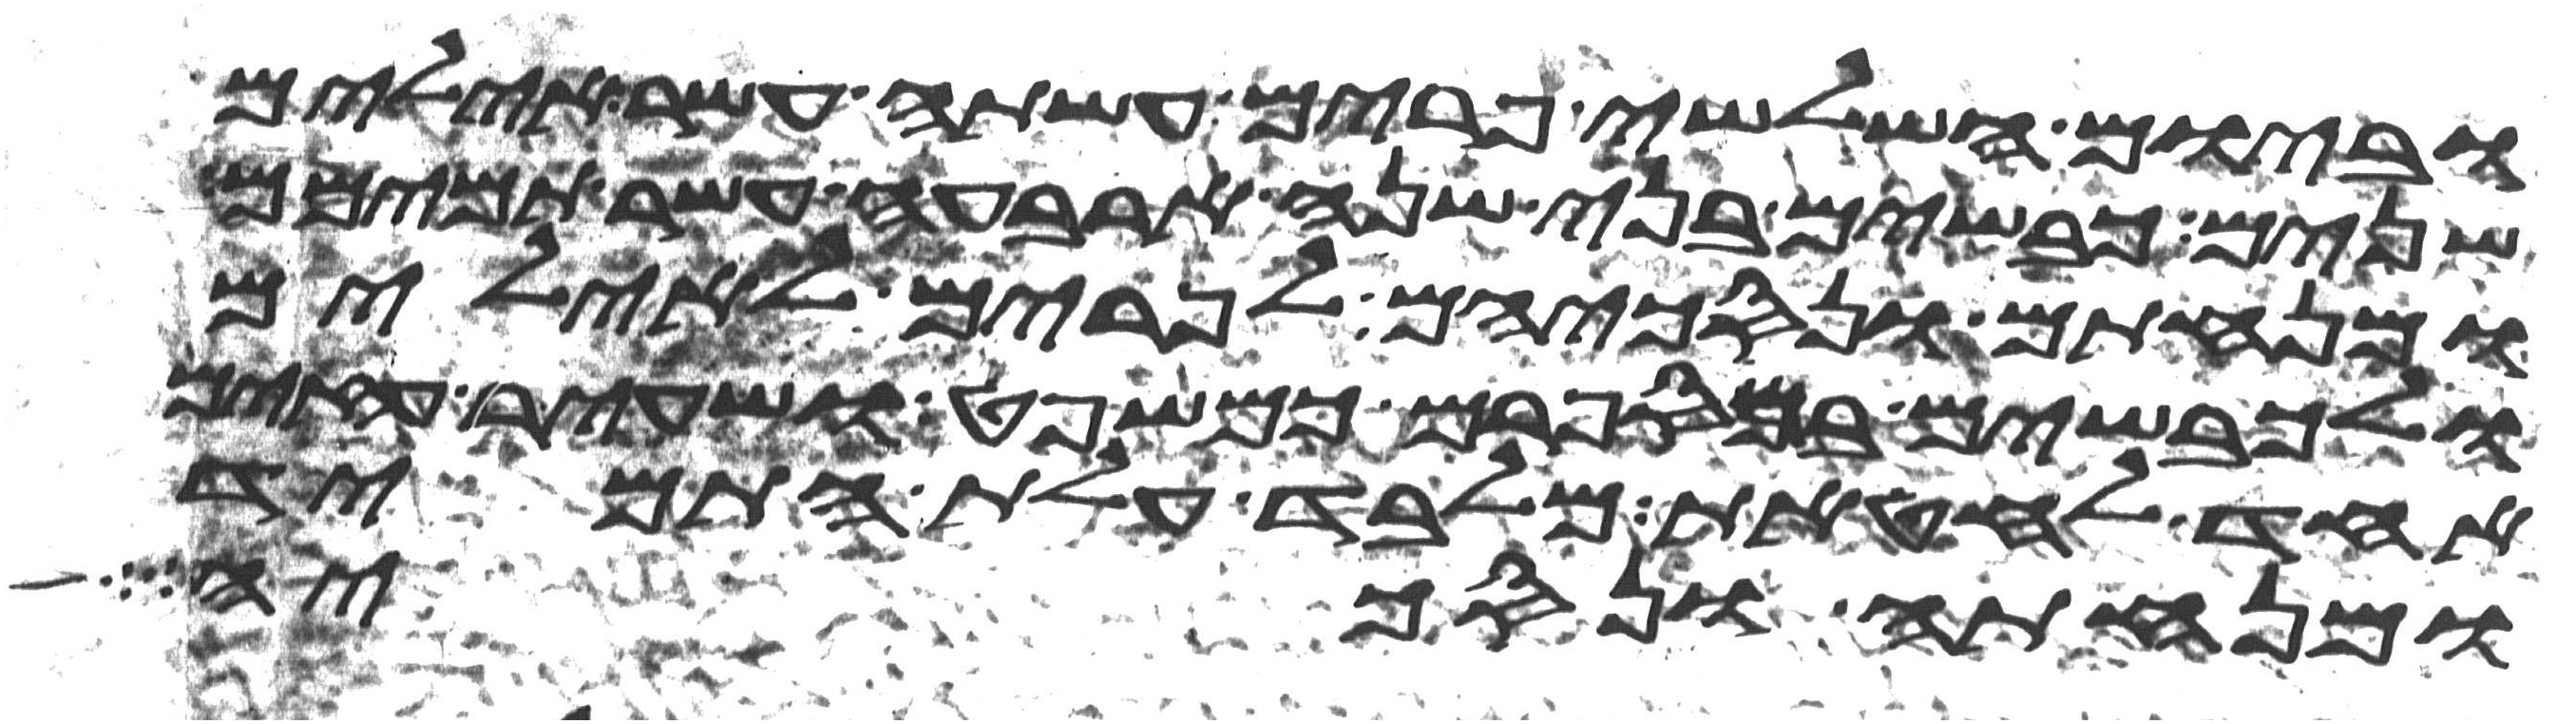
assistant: וביום השלישי פרים עשתה עשר אילים
שנים כבשים בני שנה ארבעה עשר תמימם
ומנחתם ונסכיהם לפרים לאילים
ולכבשים במספרם כמשפט ושעיר עזים
אחד לחטאת מלבד עלת התמיד
ומנחתה ונסכיה